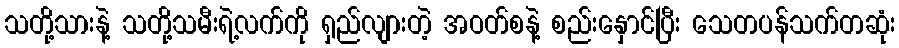
သတို့သားနဲ့ သတို့သမီးရဲ့လက်ကို ရှည်လျားတဲ့ အဝတ်စနဲ့ စည်းနှောင်ပြီး သေတပန်သက်တဆုံး